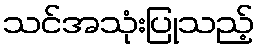
သင်အသုံးပြုသည့်